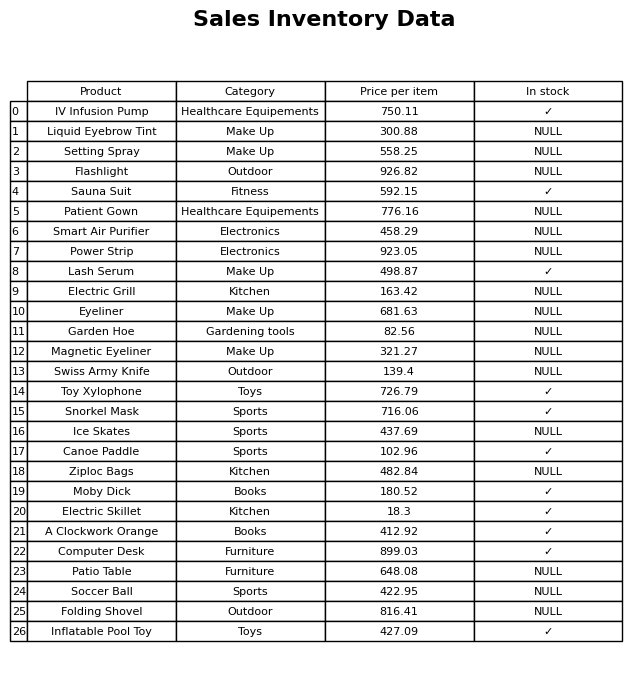
question: What is the price for Patient Gown?
answer: The price of Patient Gown is 776.16.